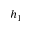
h _ { 1 }